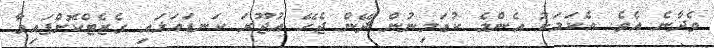
ވެދާނެ އެވެ. އެކަމަކު އެންމެ ކުޑަމިނުން ދޭން ޖެހޭ އުޖޫރަ ކަނޑައަޅައި ގެޒެޓްކޮށްފައިވާ